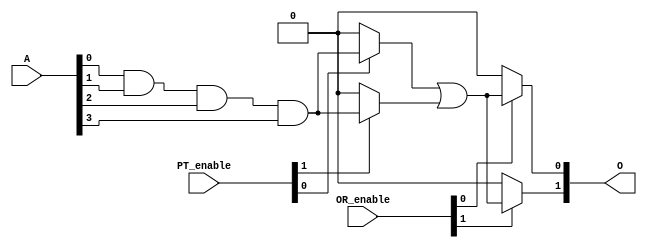
module programmable_logic_array (
    input wire [N-1:0] A,        // Input signals (A1, A2, ..., An)
    input wire [M-1:0] PT_enable, // Enable signals for product terms (PT1, PT2, ..., PTm)
    input wire [K-1:0] OR_enable,  // Enable signals for outputs (O1, O2, ..., Ok)
    output wire [K-1:0] O         // Output signals (O1, O2, ..., Ok)
);
    parameter N = 4; // Number of inputs
    parameter M = 4; // Number of product terms
    parameter K = 2; // Number of outputs

    // AND Plane: Product Terms
    wire [M-1:0] PT; // Product terms

    // Generate product terms based on programmable connections
    generate
        genvar i, j;
        for (i = 0; i < M; i = i + 1) begin : and_plane
            assign PT[i] = (PT_enable[i] == 1'b1) ? (A[0] & A[1] & A[2] & A[3]) : 1'b0; // Example logic
        end
    endgenerate

    // OR Plane: Outputs
    generate
        for (j = 0; j < K; j = j + 1) begin : or_plane
            assign O[j] = (OR_enable[j] == 1'b1) ? (PT[0] | PT[1]) : 1'b0; // Example logic
        end
    endgenerate

endmodule